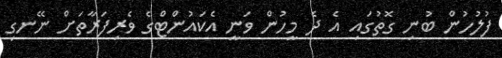
ފުލުހުން ބުނި ގޮތުގައި އެ ދެ މީހުން ވަނީ އެކައުންޓްގެ ވެރިފަރާތަށް ނޭނގި